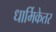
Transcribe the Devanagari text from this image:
धार्मिकेतर